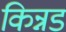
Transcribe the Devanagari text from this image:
किन्नड